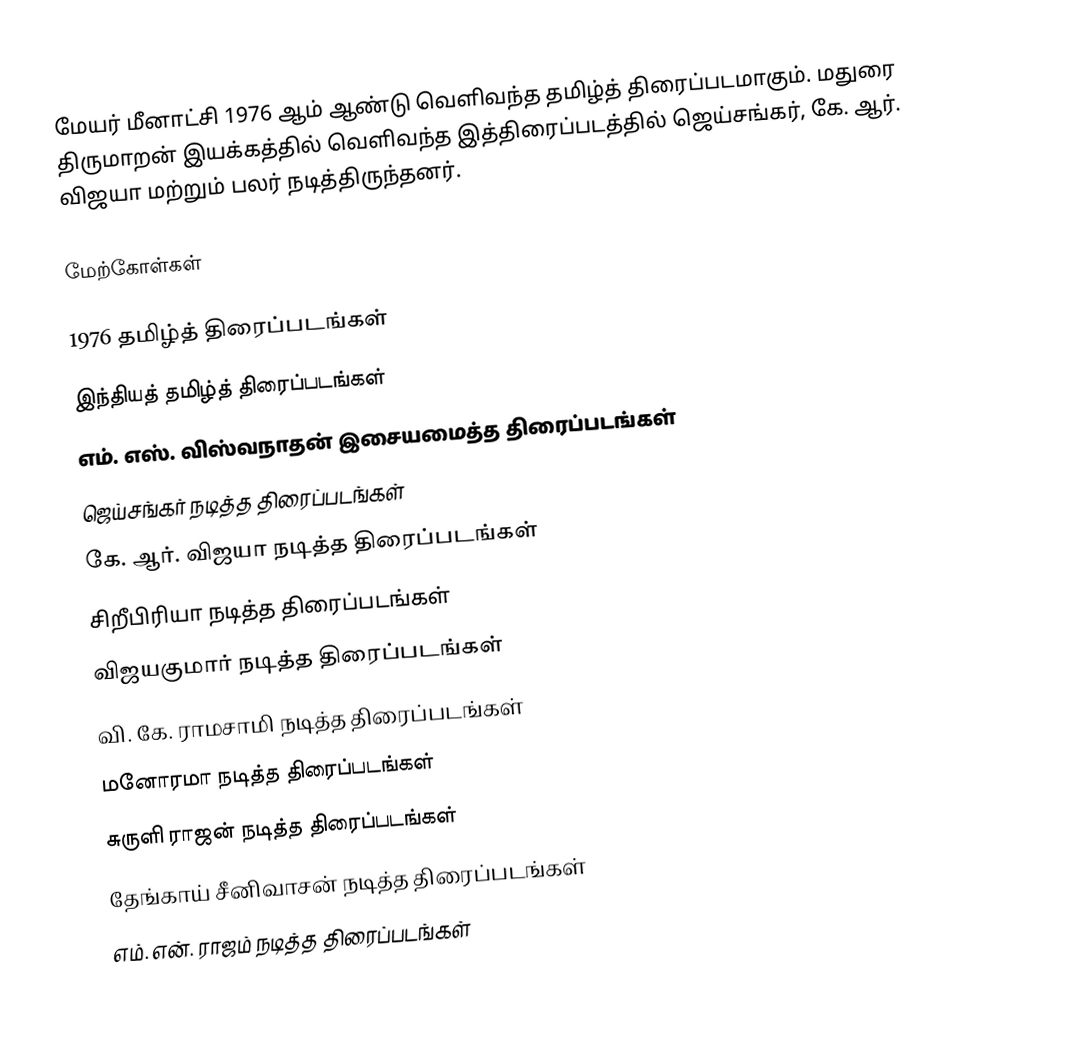
மேயர் மீனாட்சி 1976 ஆம் ஆண்டு வெளிவந்த தமிழ்த் திரைப்படமாகும். மதுரை திருமாறன் இயக்கத்தில் வெளிவந்த இத்திரைப்படத்தில் ஜெய்சங்கர், கே. ஆர். விஜயா மற்றும் பலர் நடித்திருந்தனர்.

மேற்கோள்கள்

1976 தமிழ்த் திரைப்படங்கள்
இந்தியத் தமிழ்த் திரைப்படங்கள்
எம். எஸ். விஸ்வநாதன் இசையமைத்த திரைப்படங்கள்
ஜெய்சங்கர் நடித்த திரைப்படங்கள்
கே. ஆர். விஜயா நடித்த திரைப்படங்கள்
சிறீபிரியா நடித்த திரைப்படங்கள்
விஜயகுமார் நடித்த திரைப்படங்கள்
வி. கே. ராமசாமி நடித்த திரைப்படங்கள்
மனோரமா நடித்த திரைப்படங்கள்
சுருளி ராஜன் நடித்த திரைப்படங்கள்
தேங்காய் சீனிவாசன் நடித்த திரைப்படங்கள்
எம். என். ராஜம் நடித்த திரைப்படங்கள்